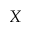
X